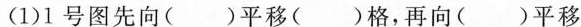
(1)1号图先向( )平移( )格，再向( )平移